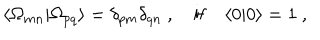
\langle \Omega _ { m n } | \Omega _ { p q } \rangle = \delta _ { p m } \delta _ { q n } \ , \quad \mathrm { i f } \quad \langle 0 | 0 \rangle = 1 \ ,